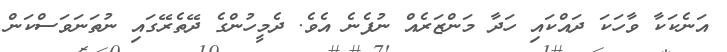
އަނެކަކާ ވާހަކަ ދައްކައި ހަދާ މަންޒަރެއް ނުފެނެ އެވެ. ދެމީހުންގެ ދޭތެރޭގައި ނުތަނަވަސްކަން